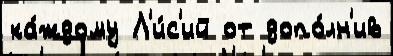
ка́ждому Л'и́с'ий от допо́лн'ив